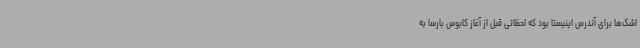
اشک‌ها برای آندرس اینیستا بود که لحظاتی قبل از آغاز کابوس بارسا به